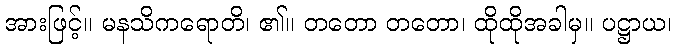
အားဖြင့်။ မနသိကရောတိ၊ ၏။ တတော တတော၊ ထိုထိုအခါမှ။ ပဋ္ဌာယ၊